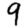
Digit: 9